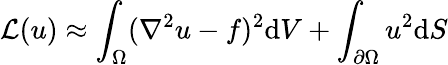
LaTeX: \mathcal{L}(u)\approx\int_{\Omega}(\nabla^{2}u-f)^{2}\mathrm{d}V+\int_{\partial\Omega}u^{2}\mathrm{d}S